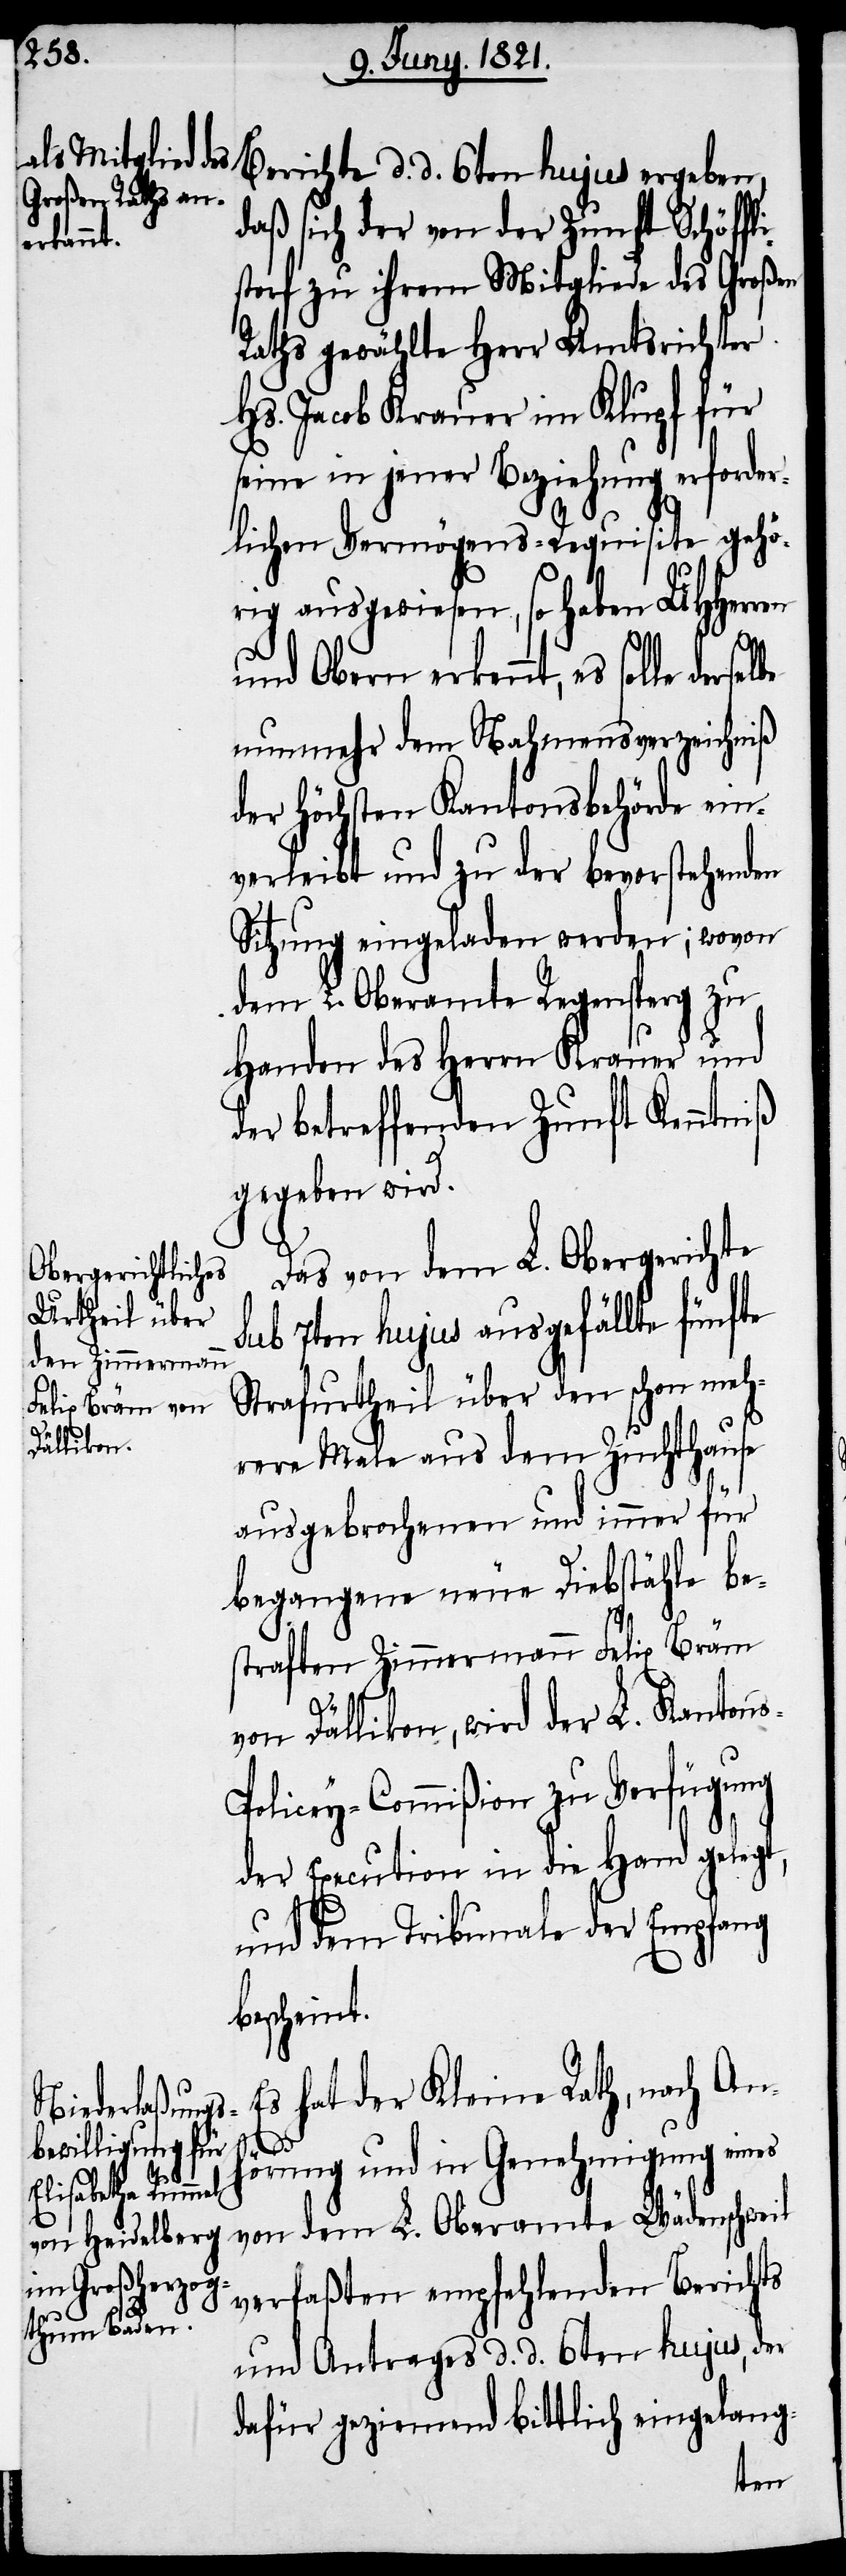
Berichte d. d. 6ten hujus ergeben,
daß sich der von der Zunft Schöffl¬
istorf zu ihrem Mitgliede des Großen
Rathes gewählte Herr Amtsrichter
Hs. Jacob Krauer im Klupf für
seine in jener Beziehung erforder¬
lichen Vermögens-Requisite gehö¬
rig ausgewiesen, so haben UHHerren
und Obern erkennt, es solle derselbe
nunmehr dem Nahmensverzeichniß
der Höchsten Kantonsbehörde ein¬
verleibt und zu der bevorstehenden
Sitzung eingeladen werden; wovon
dem L. Oberamte Regensperg zu
Handen des Herrn Krauer und
der betreffenden Zunft Kenntniß
gegeben wird.
Das von dem L. Obergerichte
sub 7ten hujus ausgefällte fünfte
Strafurtheil über den schon meh¬
rere Male aus dem Zuchthause
ausgebrochenen und immer für
begangene neue Diebstähle be¬
straften Zimmermann Felix Bräm
von Dällikon, wird der L. Kanton¬
s-Policey-Commißion zu Verfügung
der Execution in die Hand gelegt,
und dem Tribunale der Empfang
bescheint.
Es hat der Kleine Rath, nach Anh¬
örung und in Genehmigung eines
von dem L. Oberamte Wädenschweil
verfaßten empfehlenden Berichts
und Antrags d. d. 6ten hujus, der
dafür geziemend bittlich eingelang-